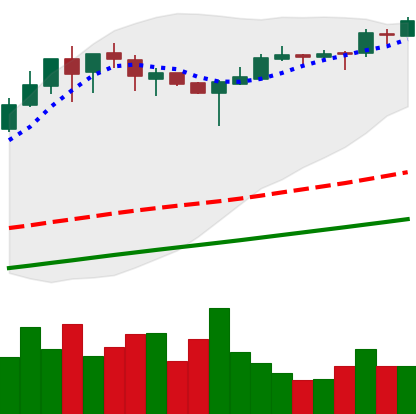
Ticker: BTC-USD
Chart end date: 2017-08-31
Forward return: -6.95%
Label: down_5_7